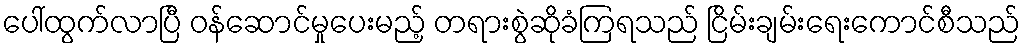
ပေါ်ထွက်လာပြီ ဝန်ဆောင်မှုပေးမည့် တရားစွဲဆိုခံကြရသည် ငြိမ်းချမ်းရေးကောင်စီသည်